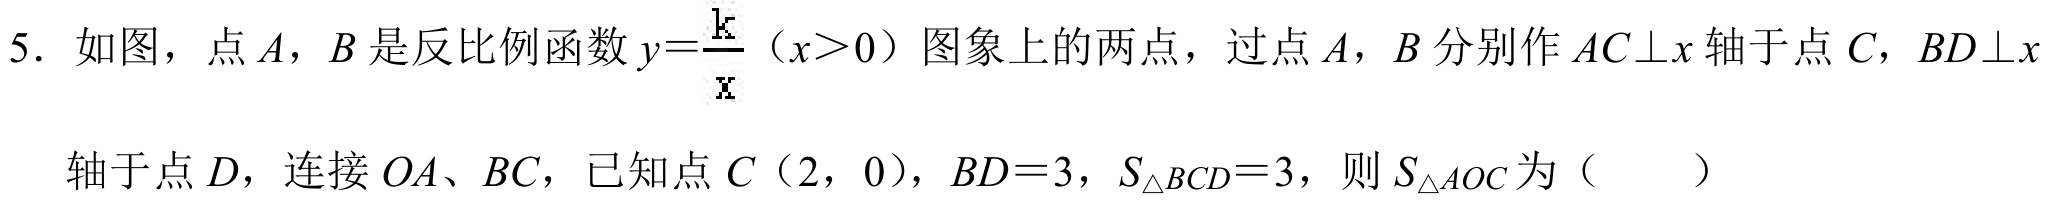
5. 如图，点$A$，$B$是反比例函数$y = \frac{k}{x}$（$x>0$）图象上的两点，过点$A$，$B$分别作$AC\perp x$轴于点$C$，$BD\perp x$
轴于点$D$，连接$OA$、$BC$，已知点$C（2，0）$，$BD = 3$，$S_{\triangle BCD}=3$，则$S_{\triangle AOC}$为（  ）